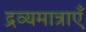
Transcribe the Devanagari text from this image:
द्रव्यमात्राएँ